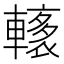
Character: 𨎭